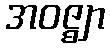
အဝဇ္ဈာ